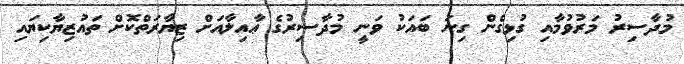
މުދާސިރު މަރުވުމާއި ގުޅިގެން ގިނަ ބައަކު ވަނީ މުދާސިރުގެ ޢާއިލާއަށް ޒިޔާރަތްކޮށް ތައުޒިޔާކިޔައި